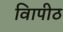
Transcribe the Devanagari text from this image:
विापीठ